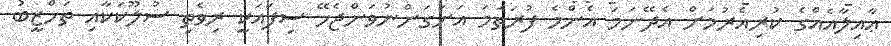
ޢާއިލާއެއްގެ ކުރިއެރުމަށް އެދޭނަމަ އެންމެ ފުރަތަމަ އަށަގަންނުވަންޖެހޭ ސިފައަކީ ރިވެތި ސުލޫކަކާއި ތަހްޒީބު